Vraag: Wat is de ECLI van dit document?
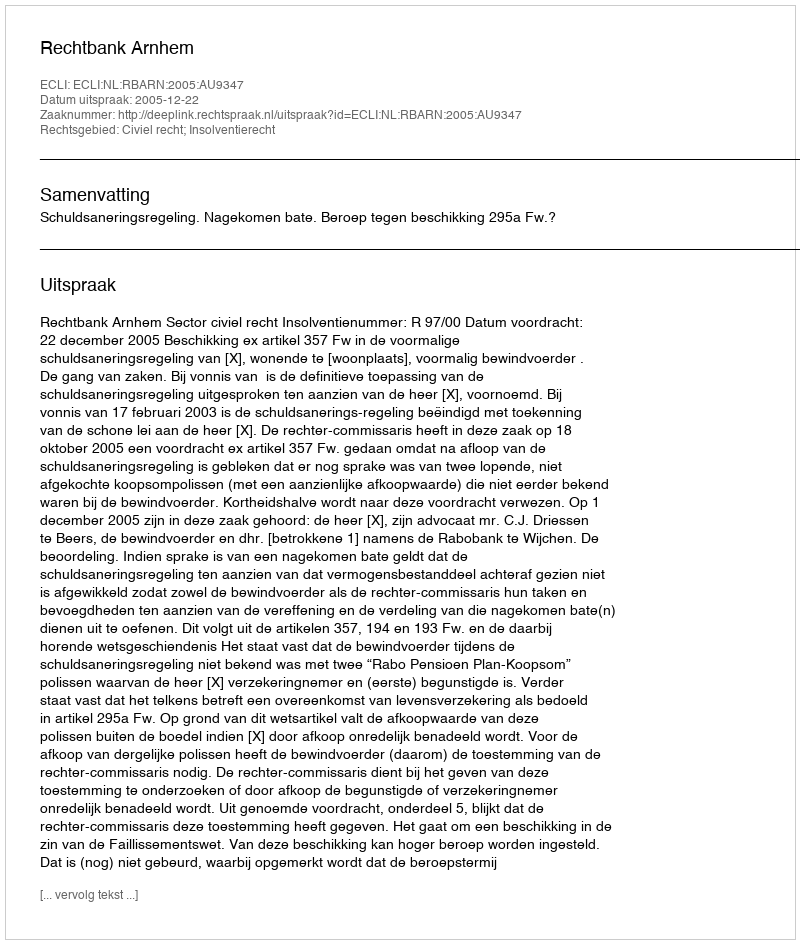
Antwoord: ECLI:NL:RBARN:2005:AU9347